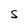
Character: S